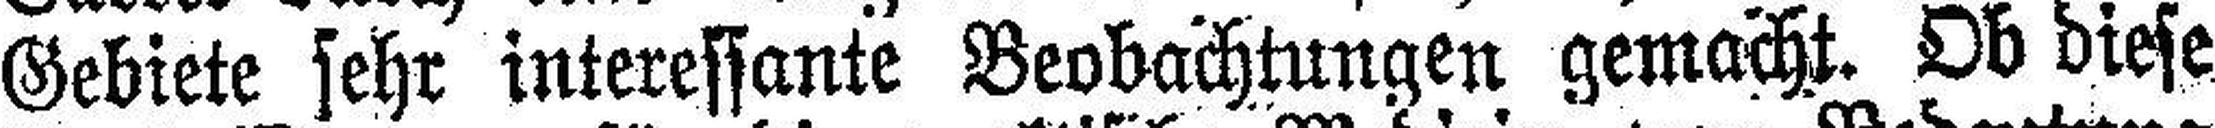
Gebiete sehr interessante Beobachtungen gemacht. Ob diese